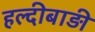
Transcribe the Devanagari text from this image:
हल्दीबाड़ी